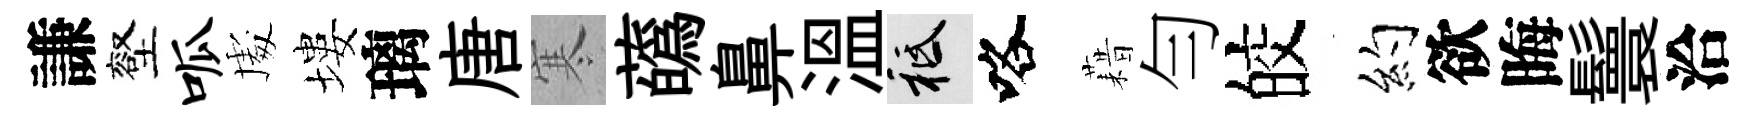
謙壑呱䖏塿璃唐寒蘤鼻溫祇咯藉勻皎约欲晦鬟洽